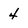
Character: 4